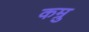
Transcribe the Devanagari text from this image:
कम्रु